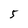
Character: 5